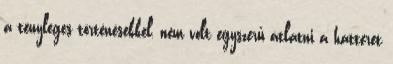
a tényleges történésekkel, nem volt egyszerű átlátni a hátteret